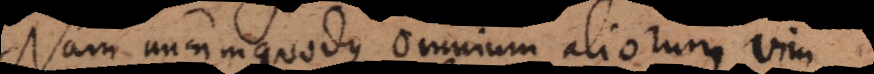
Nam unumquodque omnium aliorum vim